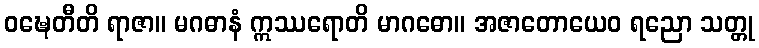
ဝဍ္ဎေတီတိ ရာဇာ။ မဂဓာနံ ဣဿရောတိ မာဂဓော။ အဇာတောယေဝ ရညော သတ္တု